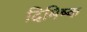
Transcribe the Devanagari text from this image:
दिमिष्क